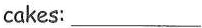
cakes: ___